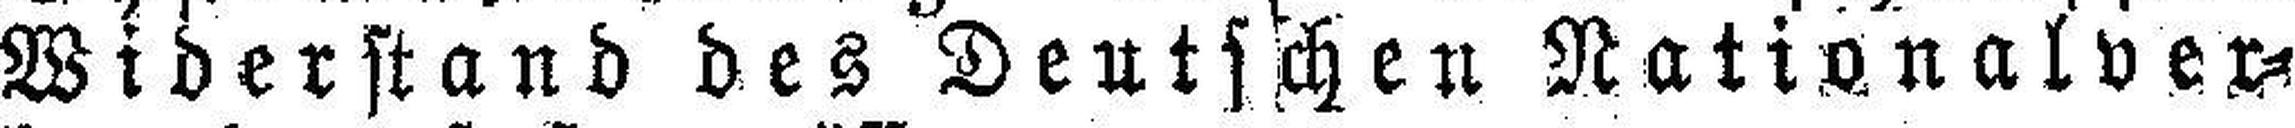
Widerstand des Deutschen Nationalver¬